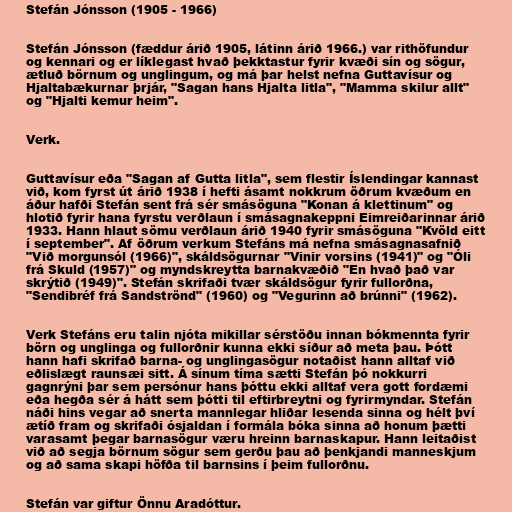
Stefán Jónsson (1905 - 1966)

Stefán Jónsson (fæddur árið 1905, látinn árið 1966.) var rithöfundur
og kennari og er líklegast hvað þekktastur fyrir kvæði sín og sögur,
ætluð börnum og unglingum, og má þar helst nefna Guttavísur og
Hjaltabækurnar þrjár, "Sagan hans Hjalta litla", "Mamma skilur allt"
og "Hjalti kemur heim".

Verk.

Guttavísur eða "Sagan af Gutta litla", sem flestir Íslendingar kannast
við, kom fyrst út árið 1938 í hefti ásamt nokkrum öðrum kvæðum en
áður hafði Stefán sent frá sér smásöguna "Konan á klettinum" og
hlotið fyrir hana fyrstu verðlaun í smásagnakeppni Eimreiðarinnar árið
1933. Hann hlaut sömu verðlaun árið 1940 fyrir smásöguna "Kvöld eitt
í september". Af öðrum verkum Stefáns má nefna smásagnasafnið
"Við morgunsól (1966)", skáldsögurnar "Vinir vorsins (1941)" og "Óli
frá Skuld (1957)" og myndskreytta barnakvæðið "En hvað það var
skrýtið (1949)". Stefán skrifaði tvær skáldsögur fyrir fullorðna,
"Sendibréf frá Sandströnd" (1960) og "Vegurinn að brúnni" (1962).

Verk Stefáns eru talin njóta mikillar sérstöðu innan bókmennta fyrir
börn og unglinga og fullorðnir kunna ekki síður að meta þau. Þótt
hann hafi skrifað barna- og unglingasögur notaðist hann alltaf við
eðlislægt raunsæi sitt. Á sínum tíma sætti Stefán þó nokkurri
gagnrýni þar sem persónur hans þóttu ekki alltaf vera gott fordæmi
eða hegða sér á hátt sem þótti til eftirbreytni og fyrirmyndar. Stefán
náði hins vegar að snerta mannlegar hliðar lesenda sinna og hélt því
ætíð fram og skrifaði ósjaldan í formála bóka sinna að honum þætti
varasamt þegar barnasögur væru hreinn barnaskapur. Hann leitaðist
við að segja börnum sögur sem gerðu þau að þenkjandi manneskjum
og að sama skapi höfða til barnsins í þeim fullorðnu.

Stefán var giftur Önnu Aradóttur.